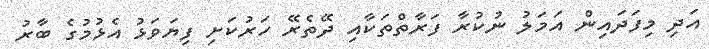
އަދި މިފަދައިން އަމަލު ނުކުރާ ފަރާތްތަކާއި ދޭތެރޭ ހަރުކަށި ފިޔަވަޅު އެޅުމުގެ ބާރު